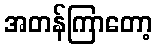
အတန်ကြာတော့